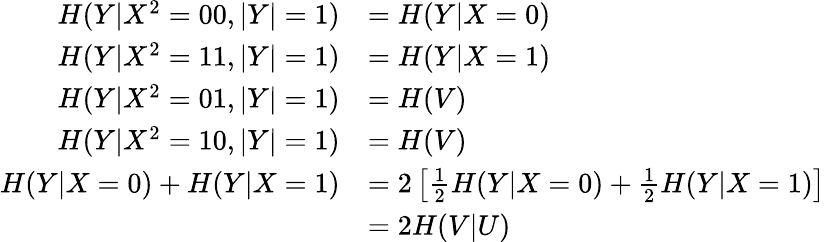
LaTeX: \begin{array}{rl}{H({Y}|{X}^{2}=00,|{Y}|=1)}&{=H(Y|X=0)}\\ {H({Y}|{X}^{2}=11,|{Y}|=1)}&{=H(Y|X=1)}\\ {H({Y}|{X}^{2}=01,|{Y}|=1)}&{=H(V)}\\ {H({Y}|{X}^{2}=10,|{Y}|=1)}&{=H(V)}\\ {H(Y|X=0)+H(Y|X=1)}&{=2\left[\frac{1}{2}H(Y|X=0)+\frac{1}{2}H(Y|X=1)\right]}\\ &{=2H(V|U)}\end{array}